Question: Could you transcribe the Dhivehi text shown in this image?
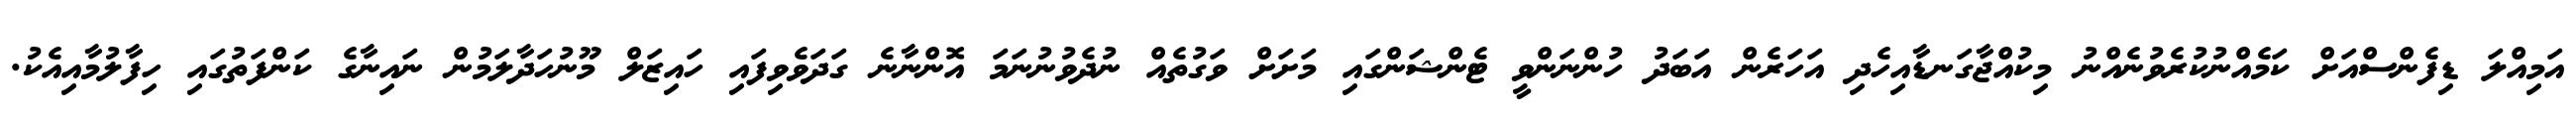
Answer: އަމިއްލަ ޑިފެންސްއަށް ކަމެއްނުކުރެވުނެއްނު މިކުއްޖާގަނޑާއިހެދި އަހަރެން އަބަދު ހުންނަންވީ ޓެންޝަންގައި މަށަށް ވަގުތެއް ނުދެވުނުނަމަ އޮންނާނެ ގަދަވެވިފައި ހައިޒަލް މޫނުހަދާލަމުން ނައިނާގެ ކަންފަތުގައި ހިފާލުމާއިއެކު.